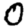
Digit: 0